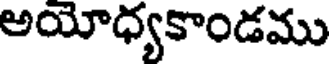
అయోధ్యకాండము